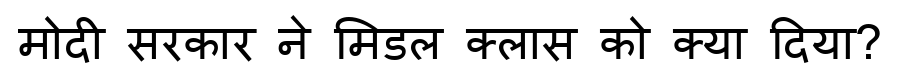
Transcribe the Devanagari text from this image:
मोदी सरकार ने मिडल क्लास को क्या दिया?